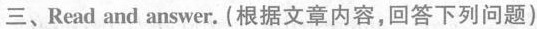
三、Read and ans war. (根据文章内容,回答下列问题)